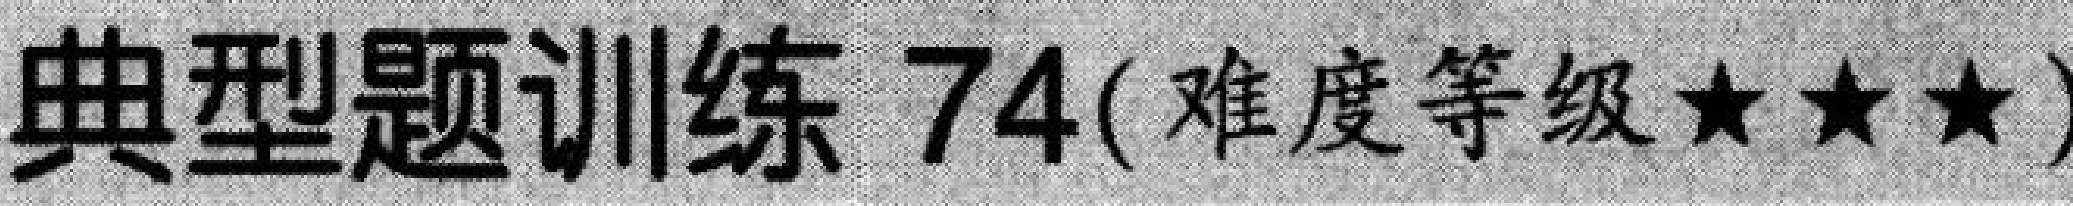
典型题训练 74(难度等级★★★)